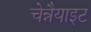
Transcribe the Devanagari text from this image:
चेन्नैयाइट